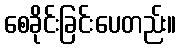
စေခိုင်းခြင်းပေတည်း။